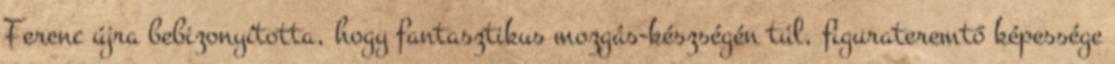
Ferenc újra bebizonyította, hogy fantasztikus mozgás-készségén túl, figurateremtő képessége